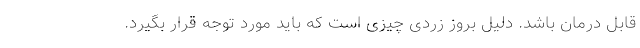
قابل درمان باشد. دلیل بروز زردی چیزی است که باید مورد توجه قرار بگیرد.